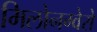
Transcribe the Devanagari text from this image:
मिलोनग्वेरो